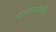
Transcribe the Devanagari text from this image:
जाळपोळीत